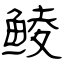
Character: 鲮